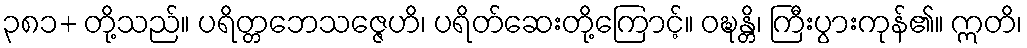
၃၈၁+ တို့သည်။ ပရိတ္တဘေသဇ္ဇေဟိ၊ ပရိတ်ဆေးတို့ကြောင့်။ ဝဍ္ဎန္တိ၊ ကြီးပွားကုန်၏။ ဣတိ၊